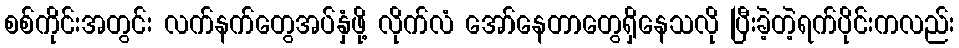
စစ်ကိုင်းအတွင်း လက်နက်တွေအပ်နှံဖို့ လိုက်လံ အော်နေတာတွေရှိနေသလို ပြီးခဲ့တဲ့ရက်ပိုင်းကလည်း